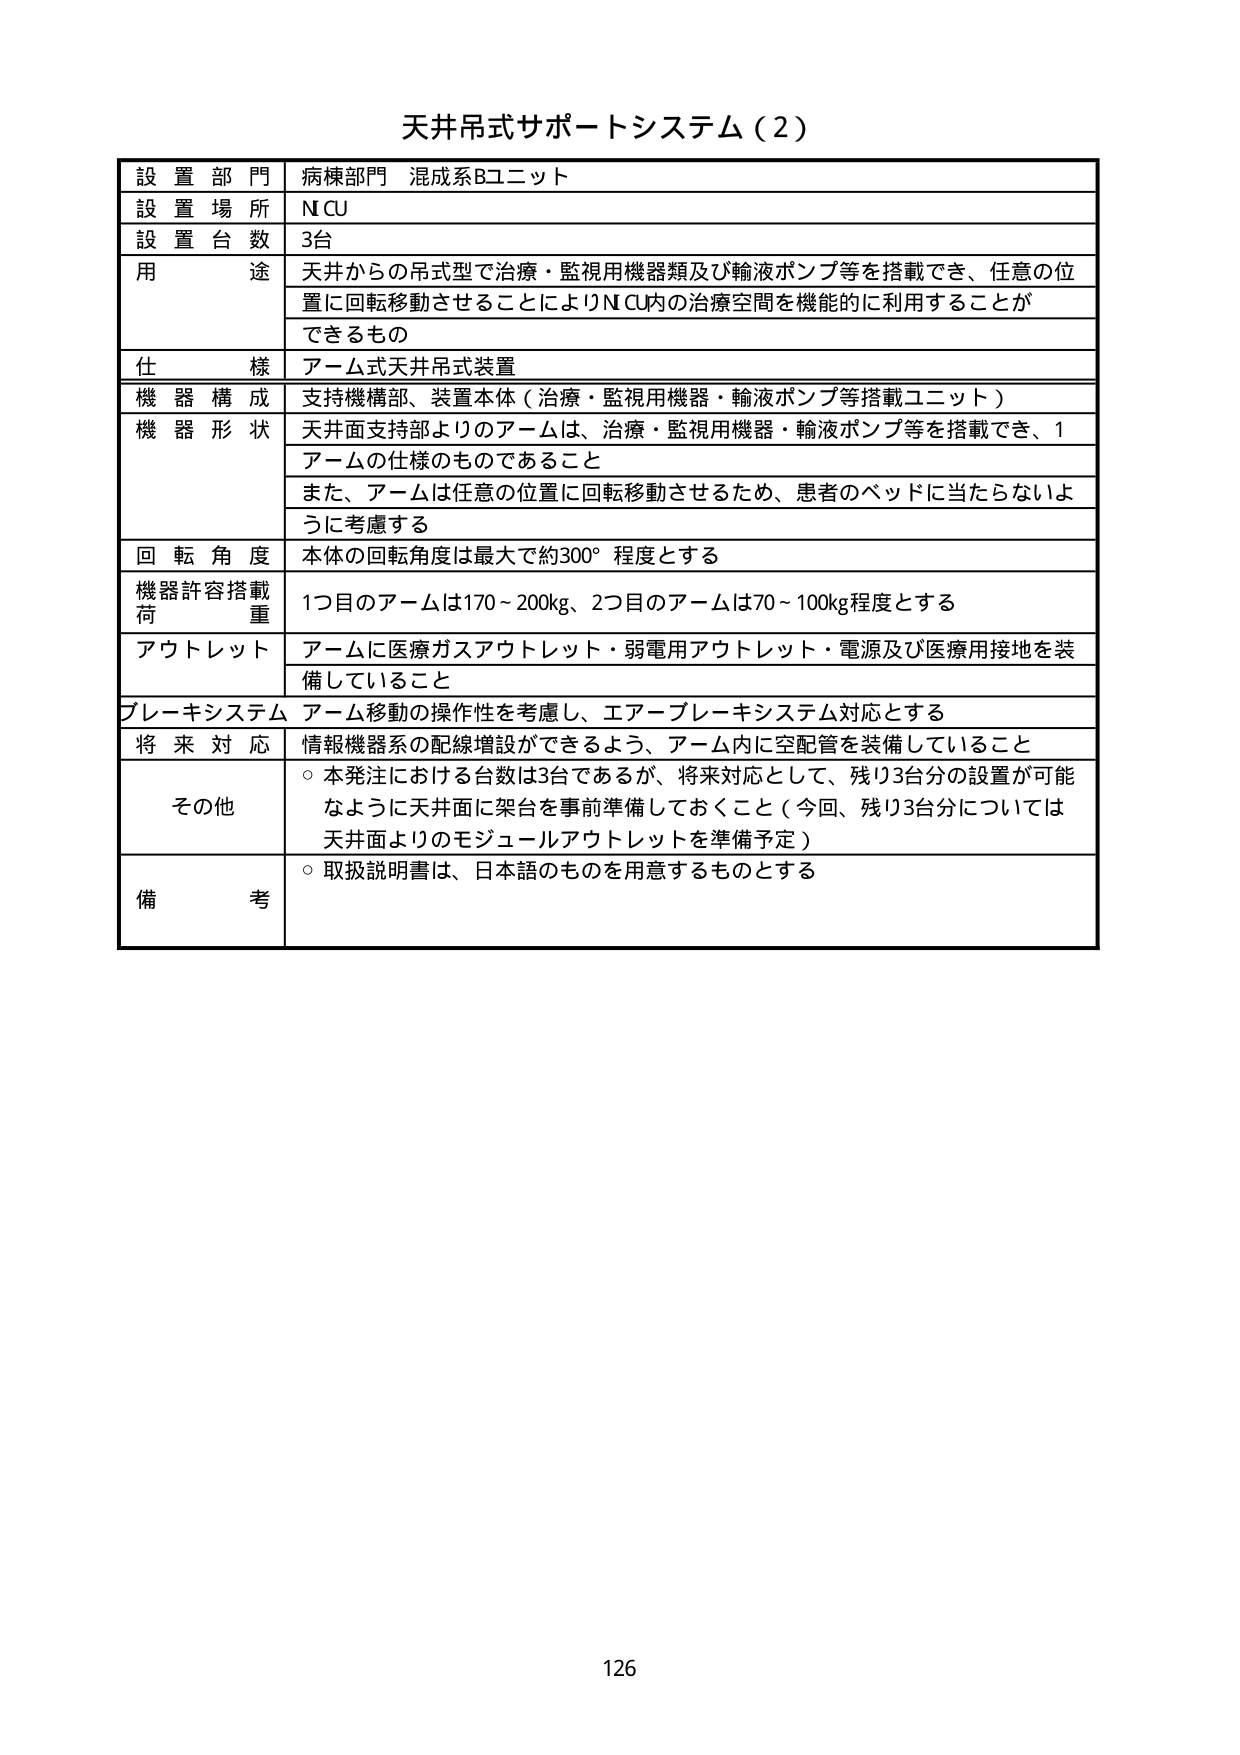
天井吊式サポートシステム（2）

設置部門 病棟部門 混成系Bユニット
設置場所 NCU
設置台数 3台
用途 天井からの吊型で治療・監視用機器類及び輸液ポンプ等を搭載でき、任意の位置に回転移動させることによりNCU内の治療空間を機能的に利用することができるもの
仕様 アーム式天井吊式装置
機器構成 支持機構部、装置本体（治療・監視用機器・輸液ポンプ等搭載ユニット）
機器形状 天井面支持部よりのアームは、治療・監視用機器・輸液ポンプ等を搭載でき、1アームの仕様のものであること
また、アームは任意の位置に回転移動させるため、患者のベッドに当たらないように考慮する
回転角度 本体の回転角度は最大で約300°程度とする
機器許容搭載荷重 1つ目のアームは170～200kg、2つ目のアームは70～100kg程度とする
アウトレット アームに医療ガスアウトレット・弱電用アウトレット・電源及び医療用接地を装備していること
ブレーキシステム アーム移動の操作性を考慮し、エアーブレーキシステム対応とする
将来対応 情報機器系の配線増設ができるよう、アーム内に空配管を装備していること
その他 ○本発注における台数は3台であるが、将来対応として、残り3台分の設置が可能ないように天井面に架台を事前準備しておくこと（今回、残り3台分については天井面よりのモジュールアウトレットを準備予定）
○取扱説明書は、日本語のものを用意するものとする
備考

126